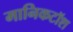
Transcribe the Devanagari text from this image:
मानिकटॉश